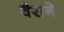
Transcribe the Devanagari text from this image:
वैराने